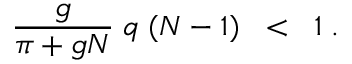
\frac { g } { \pi + g N } \; q \; ( N - 1 ) \; \; < \; \; 1 \; .